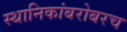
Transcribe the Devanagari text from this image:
स्थानिकांबरोबरच